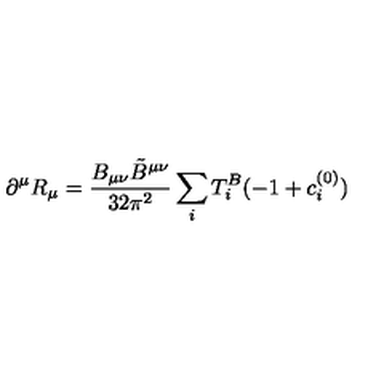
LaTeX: \partial ^ { \mu } R _ { \mu } = \frac { B _ { \mu \nu } { \tilde { B } } ^ { \mu \nu } } { 3 2 \pi ^ { 2 } } \sum _ { i } T _ { i } ^ { B } ( - 1 + c _ { i } ^ { ( 0 ) } )